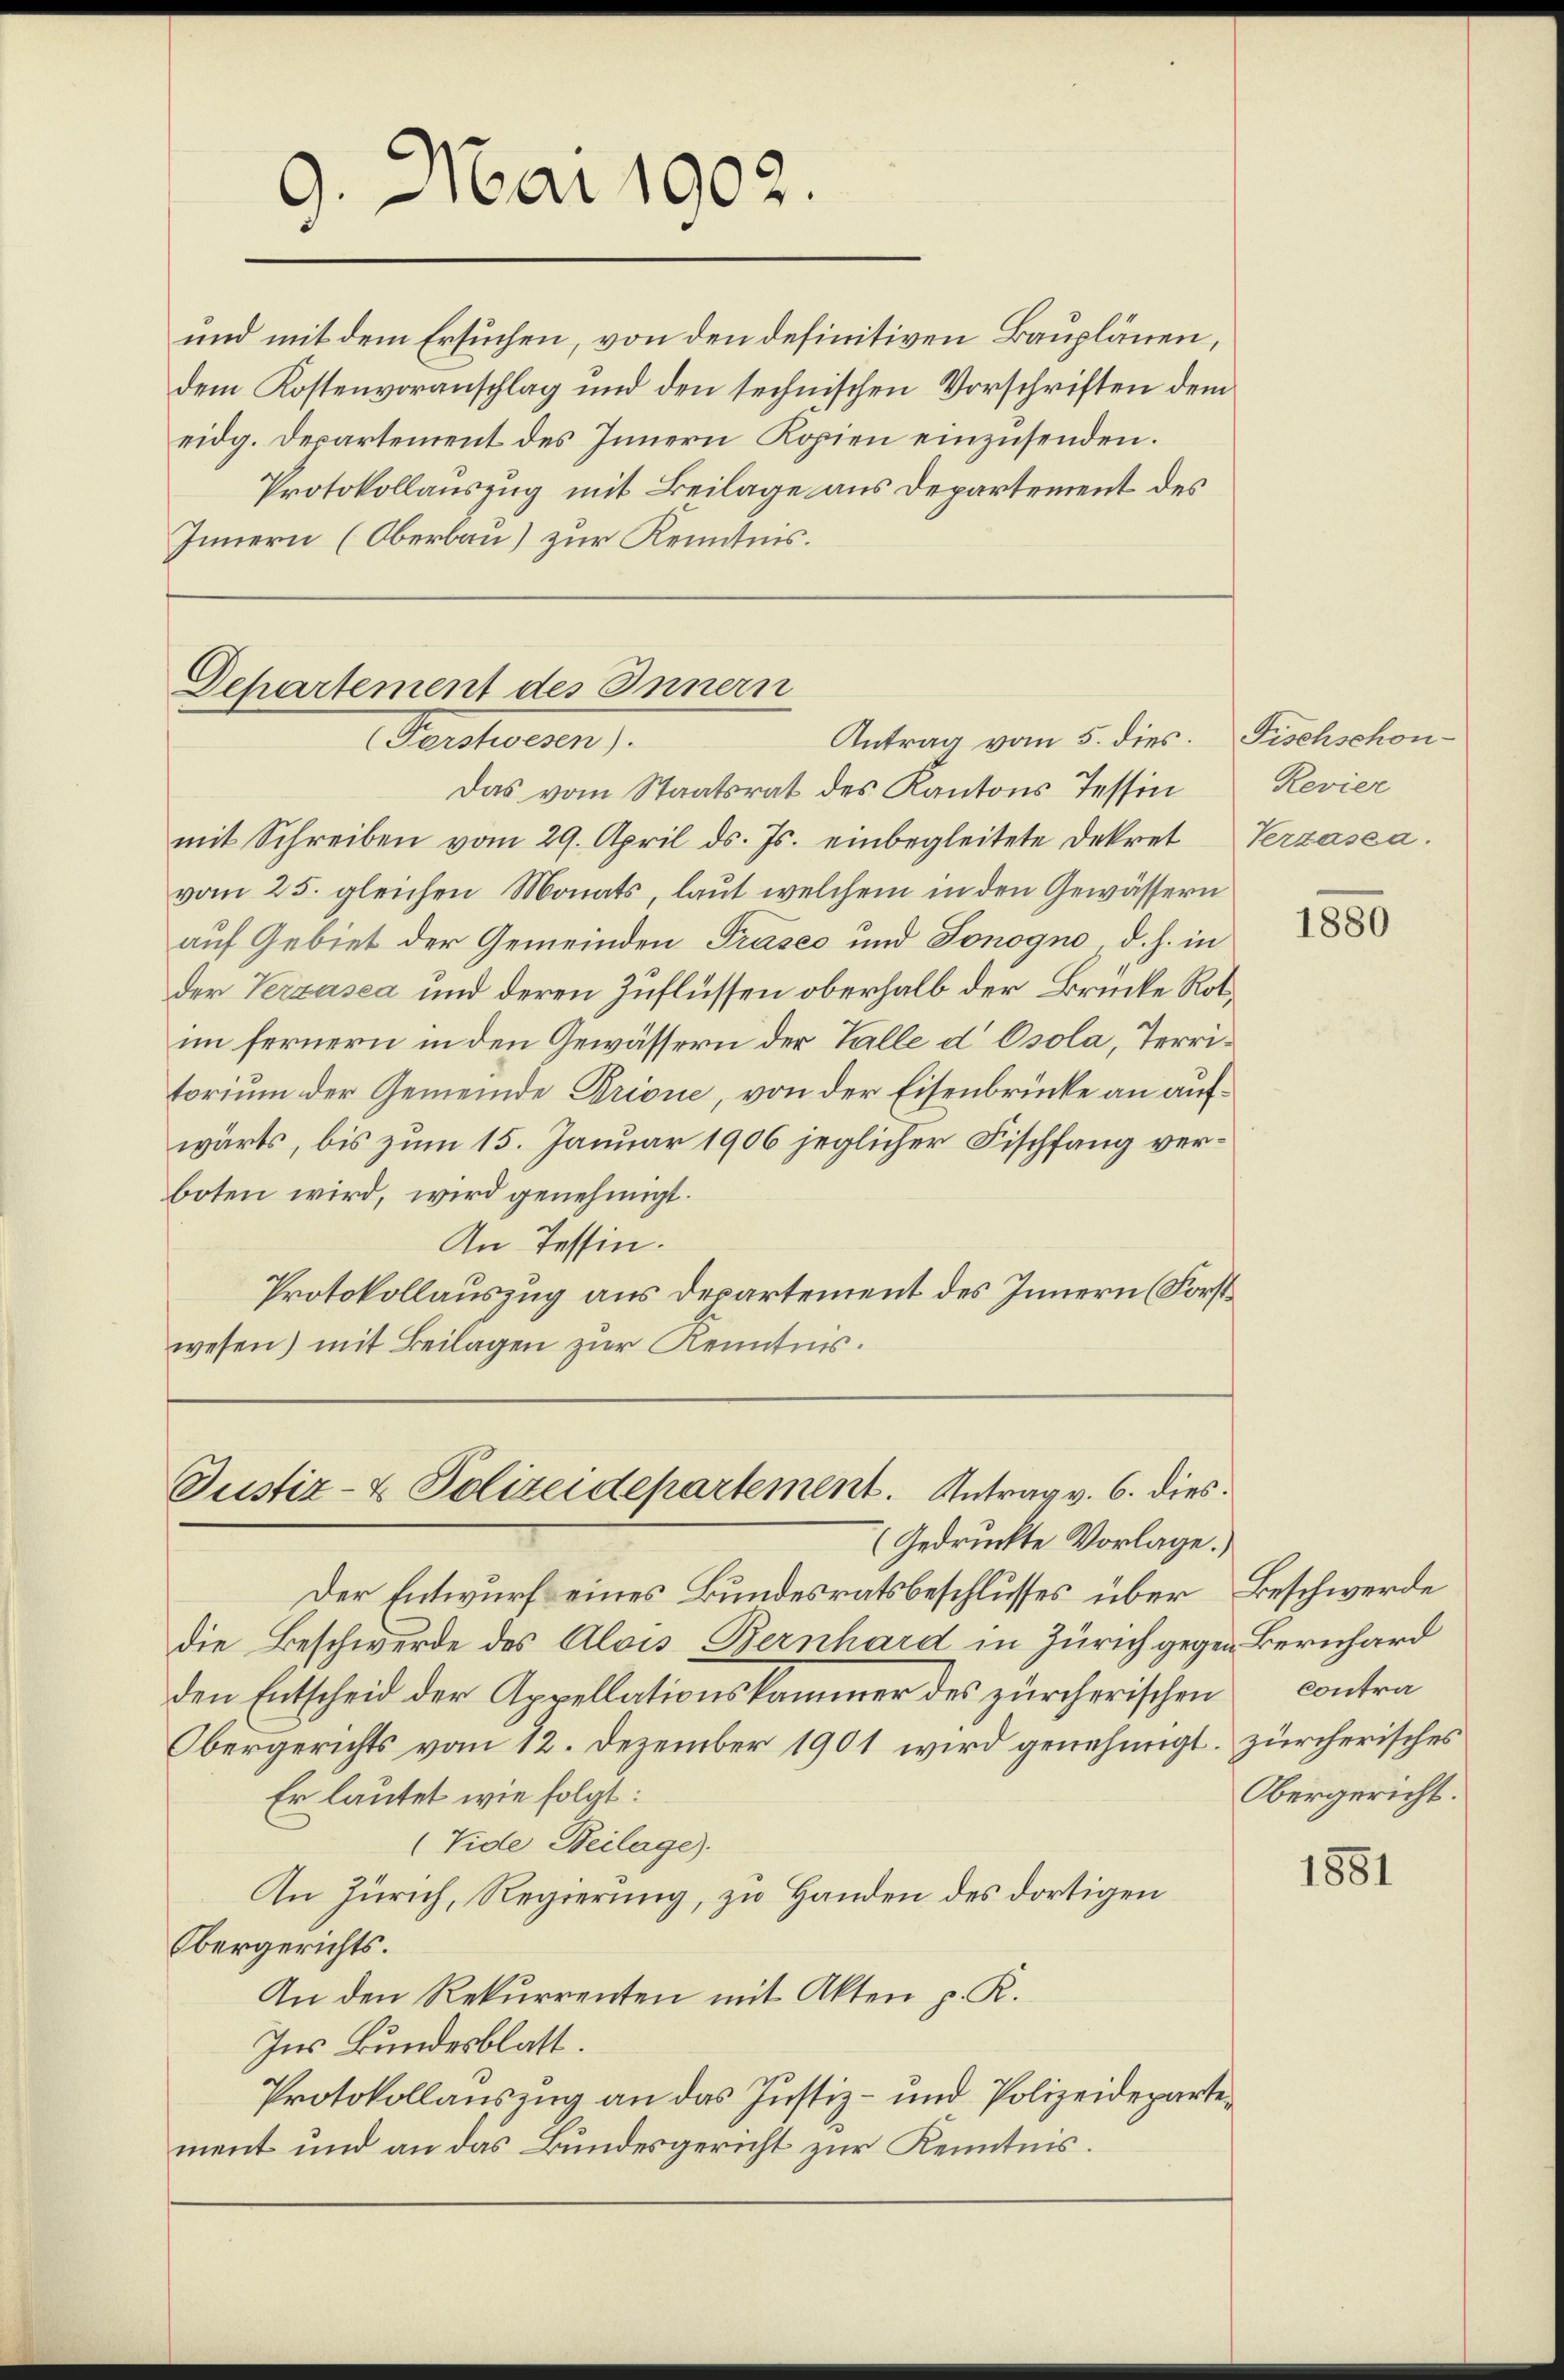
9.10.1902.

und mit dem Ersuchen, von den definitiven Bauplänen,
dem Kostenvoranschlag und den technischen Vorschriften dem
eidg. Departement des Innern Kopien einzusenden.
Protokollausung mit Beilage aus Departement des
Innern (Oberbau) zur Kenntnis.

Departement des Innern
Antrag vom 5. dies. Fischschon-
Gerchern.

Das vom Staatsrat des Kantons Tessin
mit Schreiben vom 29. April ds. Js. einbegleitete Dekret Verzasca.
vom 25. gleichen Monats, laut welchem in den Gewässern
auf Gebiet der Gemeinden Präses und Sonogno d. h. in
der Verzusea und deren Zuflüssen oberhalb der Brücke Rotim fernern in den Gewässern der Talle d Osola, Territorium der Gemeinde Prione, von der Eisenbrücke an aufwärts, bis zum 15. Januar 1906 jeglicher Fischfang verboten wird, wird genehmigt.
An Tessin.
Protokollauszug aus Departement des Innern (Forstwesen) mit Beilagen zur Kenntnis.

Justiz- & Polizeidepartement. Antrag v. 6. dies
Gedruckte Vorlage.

Der Entwurf eines Bundesratsbeschlusses über
die Beschwerde des Alois Bernhard in Zürich gegen Bernhard
den Entscheid der Appellationskammer des zürcherischen contra¬
Obergerichts vom 12. Dezember 1901 wird genehmigt. Zürcherisches
Er lautet wie folgt:
(Vide Beilage).
An Zürich, Regierung, zu Handen des dortigen
Obergerichts.
An den Rekurrenten mit Akten p. K.
Ins Bundesblatt.
Protokollausung an das Justiz- und Polizeidepartement und an das Bundesgericht zur Kenntnis.

Revier

1880

Beschwerde
Obergericht.

1881